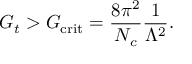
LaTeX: G _ { t } > G _ { \mathrm { c r i t } } = \frac { 8 \pi ^ { 2 } } { N _ { c } } \frac { 1 } { \Lambda ^ { 2 } } .